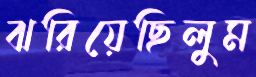
ঝরিয়েছিলুম